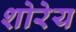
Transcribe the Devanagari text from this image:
शोरेय